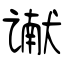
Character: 谳